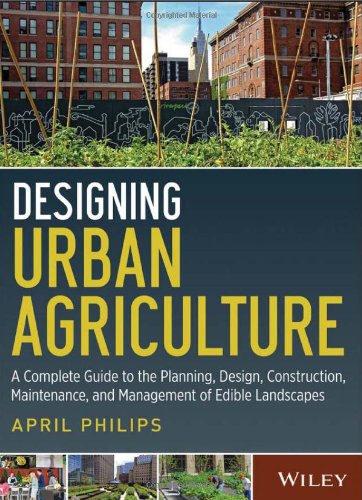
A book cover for Designing Urban Agriculture: A Complete Guide to the Planning, Design, Construction, Maintenance and Management of Edible Landscapes; April Philips; Arts & Photography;